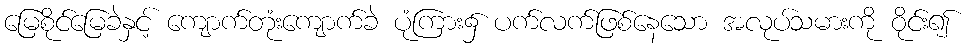
မြေစိုင်မြေခဲနှင့် ကျောက်တုံးကျောက်ခဲ ပုံကြား၌ ပက်လက်ဖြစ်နေသော အလုပ်သမားကို ဝိုင်း၍